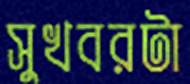
সুখবরটা